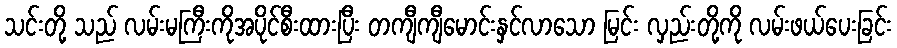
သင်းတို့ သည် လမ်းမကြီးကိုအပိုင်စီးထားပြီး တကျီကျီမောင်းနှင်လာသော မြင်း လှည်းတို့ကို လမ်းဖယ်ပေးခြင်း